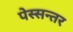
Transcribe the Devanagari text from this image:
पेस्सन्तर